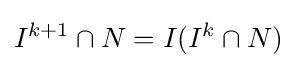
I^{k+1}\cap N=I(I^{k}\cap N)